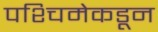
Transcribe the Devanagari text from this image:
पश्‍चिमेकडून